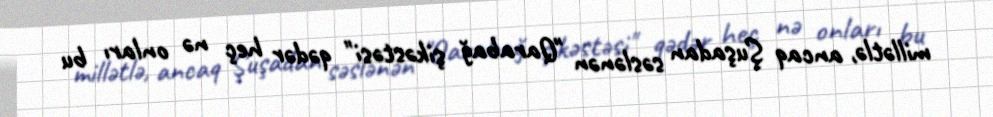
millətlə, ancaq Şuşadan səslənən "Qarabağ şikəstəsi" qədər heç nə onları bu